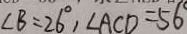
\angle B = 2 6 ^ { \circ } , \angle A C D = 5 6 ^ { \circ }